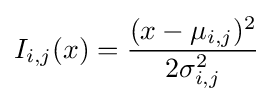
I_{i,j}(x)={\frac {(x-\mu _{i,j})^{2}}{2\sigma _{i,j}^{2}}}